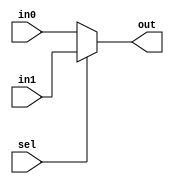
module mux_2x1_3bit(
    input wire [2:0] in0,
    input wire [2:0] in1,
    input wire  sel,
    output wire [2:0] out
);
reg [2:0] _out;
always @(*) begin
    if (sel == 1'b0)
        _out = in0;
    else
        _out = in1;
end
assign out = _out;
endmodule